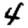
Digit: 4